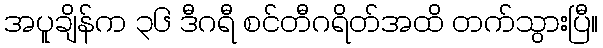
အပူချိန်က ၃၆ ဒီဂရီ စင်တီဂရိတ်အထိ တက်သွားပြီ။